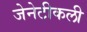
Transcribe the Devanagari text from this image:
जेनेटीकली